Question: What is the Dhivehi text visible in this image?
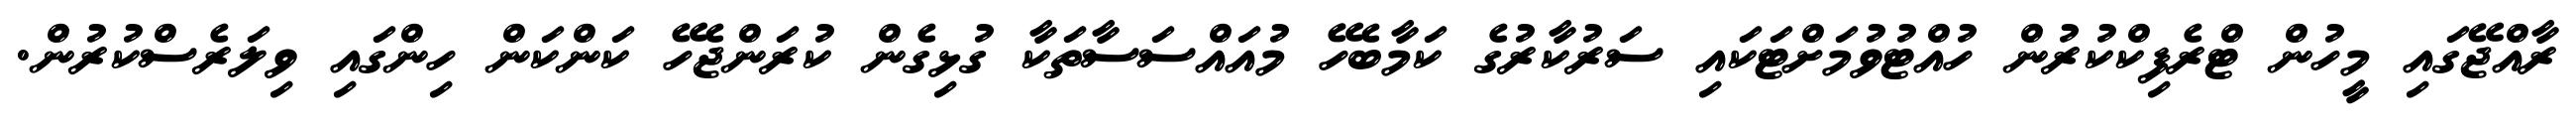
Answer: ރާއްޖޭގައި މީހުން ޓްރެފިކްކުރުން ހުއްޓުވުމަށްޓަކައި ސަރުކާރުގެ ކަމާބެހޭ މުއައްސަސާތަކާ ގުޅިގެން ކުރަންޖެހޭ ކަންކަން ހިންގައި ވިލަރެސްކުރުން.